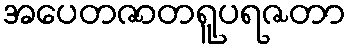
အပေတဇာတရူပရဇတာ